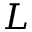
L